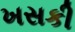
ખસકી